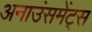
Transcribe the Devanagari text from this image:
अनाउंसमेंट्स